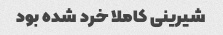
شیرینی کاملا خرد شده بود